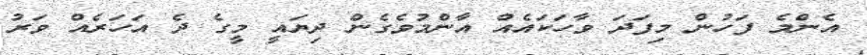
އެންމެ ފަހުން މިފަދަ ވާހަކައެއް އާންމުވެގެން ދިޔައީ މީގެ ދެ އަހަރެއް ވަރު